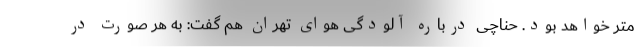
متر خواهد بود. حناچی درباره آلودگی هوای تهران هم گفت: به هر صورت در